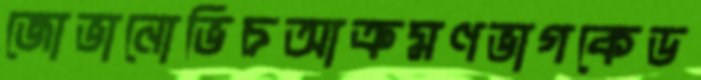
জোভানোভিচআক্রমণভাগকেড